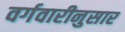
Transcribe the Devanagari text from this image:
वर्गवारीनुसार